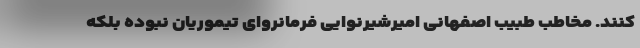
کنند. مخاطب طبیب اصفهانی امیرشیرنوایی فرمانروای تیموریان نبوده بلکه